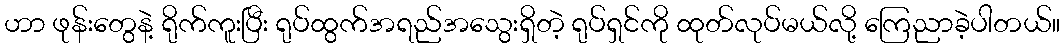
ဟာ ဖုန်းတွေနဲ့ ရိုက်ကူးပြီး ရုပ်ထွက်အရည်အသွေးရှိတဲ့ ရုပ်ရှင်ကို ထုတ်လုပ်မယ်လို့ ကြေညာခဲ့ပါတယ်။